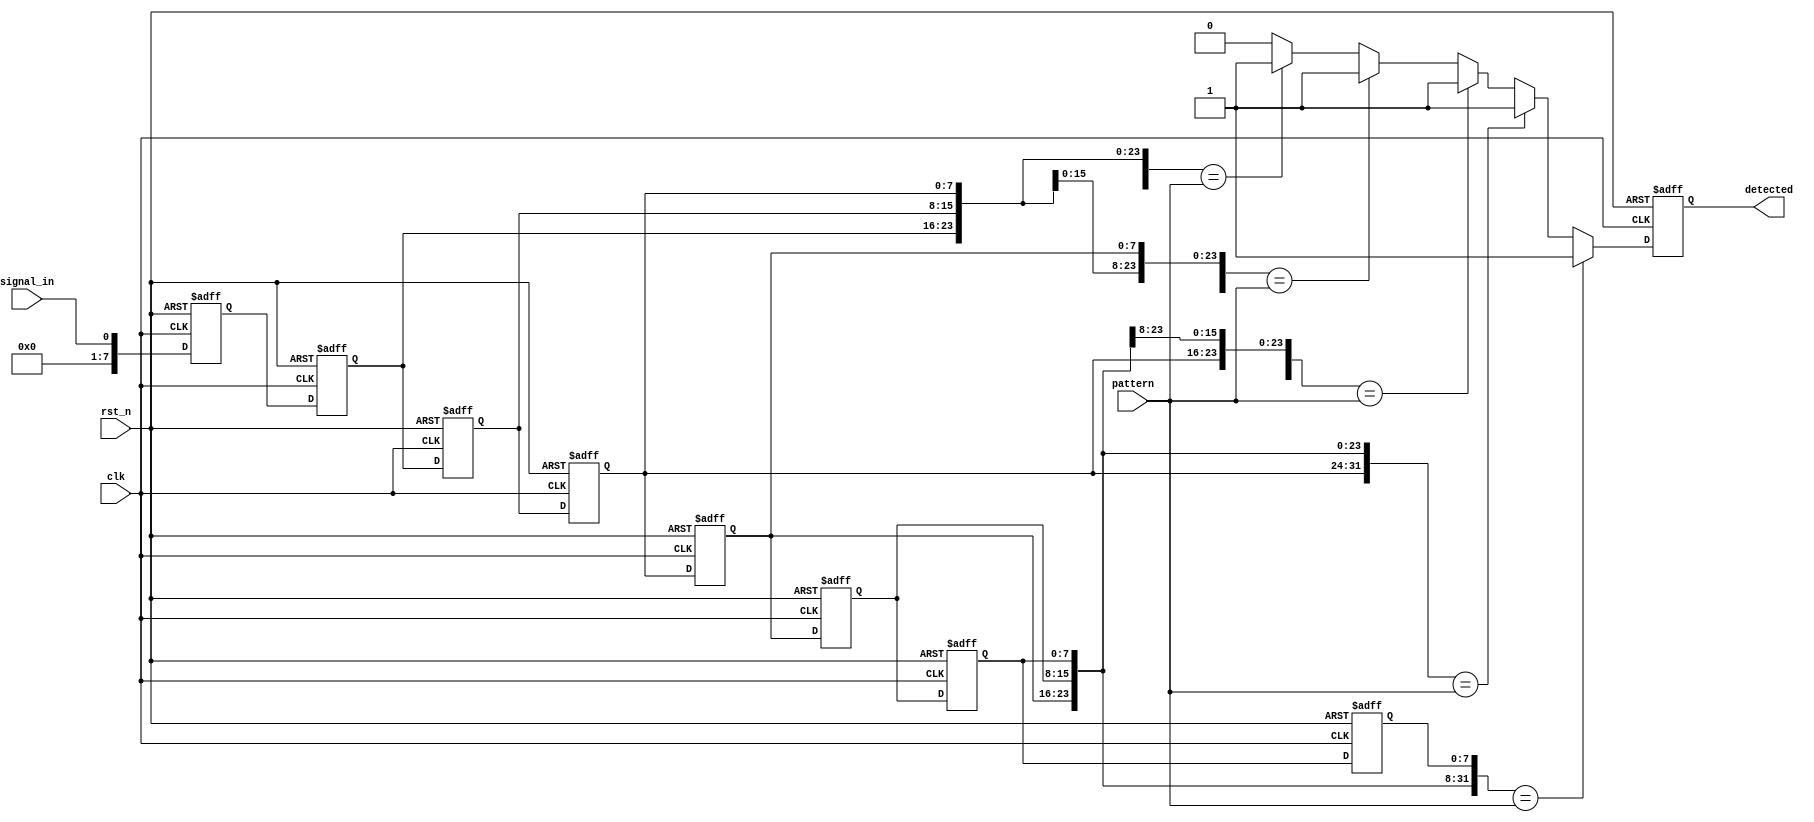
module SamplingDelayLineDetector #(
    parameter NUM_BLOCKS = 8, // Number of memory blocks (delay line length)
    parameter PATTERN_SIZE = 4 // Size of the pattern to detect
)(
    input wire clk,            // Clock signal
    input wire rst_n,         // Asynchronous reset signal (active low)
    input wire signal_in,      // Input signal to be sampled
    input wire [PATTERN_SIZE-1:0] pattern, // Pattern to detect
    output reg detected        // Detection signal output
);

    // Memory blocks to store sampled values
    reg [NUM_BLOCKS-1:0] mem [0:NUM_BLOCKS-1]; // Memory array for delay line
    integer i; // Loop variable

    // Sampling mechanism
    always @(posedge clk or negedge rst_n) begin
        if (!rst_n) begin
            // Reset memory blocks
            for (i = 0; i < NUM_BLOCKS; i = i + 1) begin
                mem[i] <= 0;
            end
            detected <= 0;
        end else begin
            // Shift memory blocks to create delay line
            for (i = NUM_BLOCKS-1; i > 0; i = i - 1) begin
                mem[i] <= mem[i-1];
            end
            // Store the current input signal in the first memory block
            mem[0] <= signal_in;
            
            // Compare the stored values with the desired pattern
            detected <= 0; // Default to not detected
            for (i = 0; i <= NUM_BLOCKS - PATTERN_SIZE; i = i + 1) begin
                if ({mem[i], mem[i+1], mem[i+2], mem[i+3]} == pattern) begin
                    detected <= 1; // Set detection signal if pattern matches
                end
            end
        end
    end
endmodule